Vaccination United Provinces of Agra and Oudh 1902-1913 - 1902-1913
Year: 1902
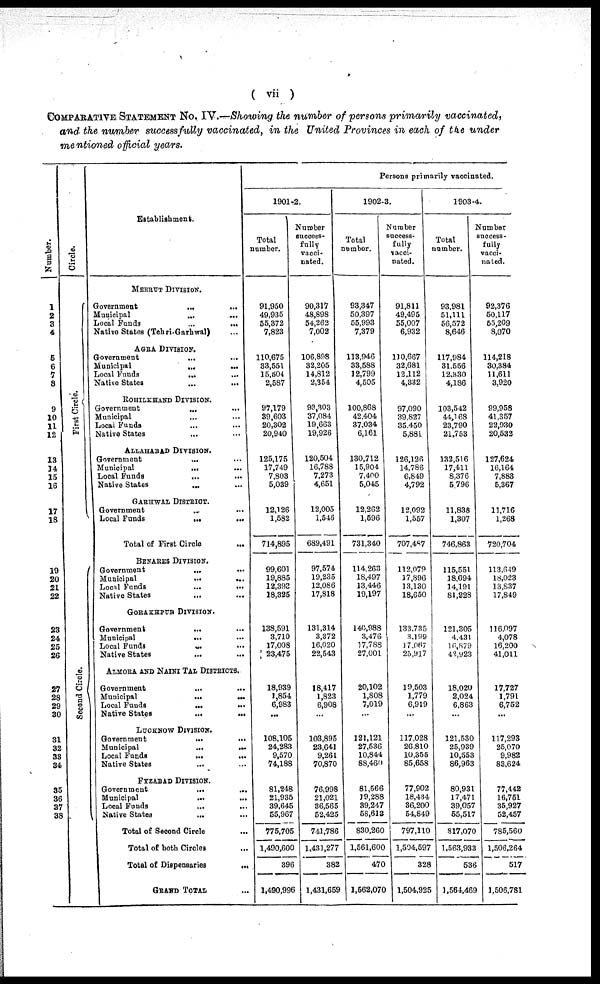
( vii )
COMPARATIVE STATEMENT NO. IV.—Showing the number of persons primarily vaccinated,
and the number successfully vaccinated, in the United Provinces in each of the under
mentioned official years.
Number.
1
2
3
4
5
6
7
8
9
10
11
12
13
14
15
16
17
18
19
20
21
22
23
24
25
26
27
28
29
30
31
32
33
34
35
36
37
38
Circle.
First Circle.
Second Circle.
Establishment.
MEERUT DIVISION.
Government
...
...
Municipal
...
...
Local Funds
...
...
Native States (Tehri-Garhwal) ...
AGRA DIVISION.
Government ... ...
Municipal
...
...
Local Funds
...
...
Native States ... ...
ROHILKHAND DIVISION.
Government
...
...
Municipal
...
...
Local Funds ... ...
Native States ... ...
ALLAHABAD DIVISION.
Government
...
...
Municipal
...
...
Local Funds ... ...
Native States ... ...
GARHAWAL DISTRICT.
Government ... ...
Local Funds ... ...
Total of First Circle ...
BENARES Division.
Government
...
...
Municipal
...
...
Local Funds
...
...
Native States ... ...
GORAKHPUR DIVISION.
Government
...
...
Municipal
...
...
Local Funds
...
...
Native States
...
...
ALMORA AND NAINI TAL DISTRICTS.
Government ... ...
Municipal
...
...
Local Funds
...
...
Native States
...
...
LUCKNOW DIVISION.
Government
...
...
Municipal
...
...
Local Funds
...
...
Native States ... ...
FYZABAD DIVISION.
Government
...
...
Municipal
...
...
Local Funds
...
...
Native States ... ...
Total of Second Circle
...
Total of both Circles ...
Total of Dispensaries
...
GRAND TOTAL ...
Persons primarily vaccinated.
1901-2.
Total
number.
91,950
49,935
55,372
7,823
110,675
33,551
15,504
2,587
97,179
39,603
20,302
20,940
125,175
17,749
7,803
5,039
12,126
1,582
714,895
99,601
19,885
12,392
18,325
138,591
3,710
17,008
23,475
18,939
1,854
6,983
...
108,105
24,283
9,570
74,188
81,248
21,935
39,645
55,967
775,705
1,490,600
396
1,490,996
Number
success-
fully
vacci-
nated.
90,317
48,898
54,262
7,002
106,898
32,205
14,812
2,354
93,303
37,084
19,663
19,926
120,504
16,788
7,273
4,651
12,005
1,546
689,491
97,574
19,235
12,086
17,818
131,314
3,372
16,020
22,543
18,417
1,823
6,908
...
103,895
23,641
9,261
70,870
76,998
21,021
36,565
52,425
741,786
1,431,277
382
1,431,659
1902-3.
Total
number.
93,347
50,397
55,993
7,379
113,946
33,588
12,799
4,505
100,868
42,404
37,034
6,161
130,712
15,904
7,400
5,045
12,262
1,596
731,340
114,263
18,497
13,446
19,197
140,988
3,476
17,788
27,001
20,102
1,808
7,019
...
121,121
27,536
10,844
88,460
81,566
19,288
39,247
58,613
830,260
1,561,600
470
1,562,070
Number
success-
fully
vacci-
nated.
91,811
49,495
55,007
6,932
110,667
32,681
12,112
4,332
97,090
39,827
35,450
5,881
126,126
14,786
6,849
4,792
12,092
1,557
707,487
112,079
17,896
13,130
18,650
133,735
3,199
17,067
25,917
19,503
1,779
6,919
...
117,028
26,810
10,355
85,658
77,902
18,434
36,200
54,849
797,110
1,504,597
328
1,504,925
1903-4.
Total
number.
93,981
51,111
56,572
8,646
117,984
31,556
12,330
4,186
103,542
44,168
23,790
21,753
132,516
17,411
8,376
5,796
11,838
1,307
746,863
115,551
18,694
14,191
81,228
121,305
4,431
16,879
42,923
18,020
2,024
6,863
...
121,530
25,939
10,553
86,963
80,931
17,471
39,057
55,517
317,070
1,563,933
536
1,564,469
Number
success-
fully
vacci-
nated.
92,376
50,117
55,209
8,070
114,218
30,384
11,611
3,920
99,958
41,357
22,930
20,532
127,624
16,164
7,883
5,367
11,716
1,268
720,704
113,649
18,023
13,837
17,849
116,097
4,078
16,200
41,011
17,727
1,791
6,752
...
117,293
25,070
9,982
83,624
77,442
16,751
35,927
52,457
785,560
1,506,264
517
1,506,781